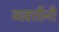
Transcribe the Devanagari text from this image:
व्‍यक्‍तींनी